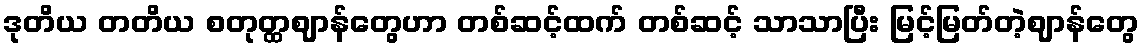
ဒုတိယ တတိယ စတုတ္ထဈာန်တွေဟာ တစ်ဆင့်ထက် တစ်ဆင့် သာသာပြီး မြင့်မြတ်တဲ့ဈာန်တွေ